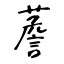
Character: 薝